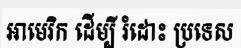
អាមេរិក ដើម្បី រំដោះ ប្រទេស